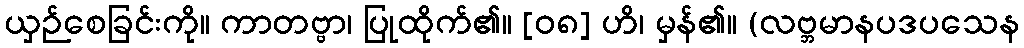
ယှဉ်စေခြင်းကို။ ကာတဗ္ဗာ၊ ပြုထိုက်၏။ [၀၈] ဟိ၊ မှန်၏။ (လဗ္ဘမာနပဒပသေန